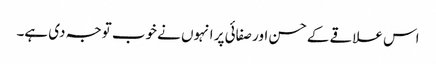
اس علاقے کے حسن اور صفائی پر انہوں نے خوب توجہ دی ہے۔